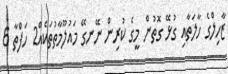
ޒާހިލްގެ ހާލަތާއި ގުޅޭ ގޮތުން މީގެ ކުރިން ނޭނގޭ މައުލޫމާތުތަކެއް2 ހަފްތާ 6